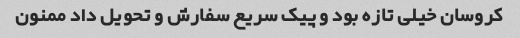
کروسان خیلی تازه بود و پیک سریع سفارش و تحویل داد ممنون